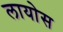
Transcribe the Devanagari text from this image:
लायोस